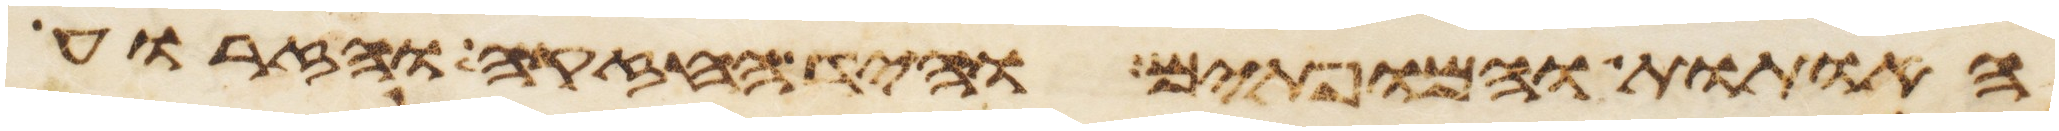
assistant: האתות והמופתים והיד החזקה והזרוע